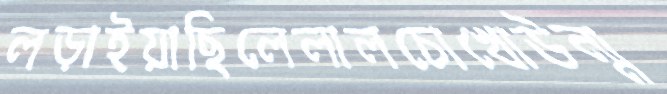
লড়াইয়াছিলেলালচোখোউন্ম